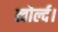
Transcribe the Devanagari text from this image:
त्वोर्ल्द।